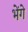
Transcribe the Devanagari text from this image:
भेंगे